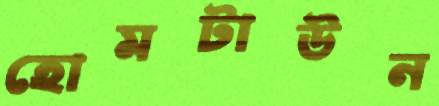
হোমটাউন